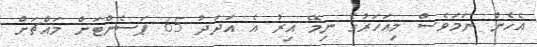
އެހެން ނަމަވެސް މިއަހަރުގެ ނިމޭ އިރު އެ އަދަދު 65 ޕަސެންޓަށް މައްޗަށް